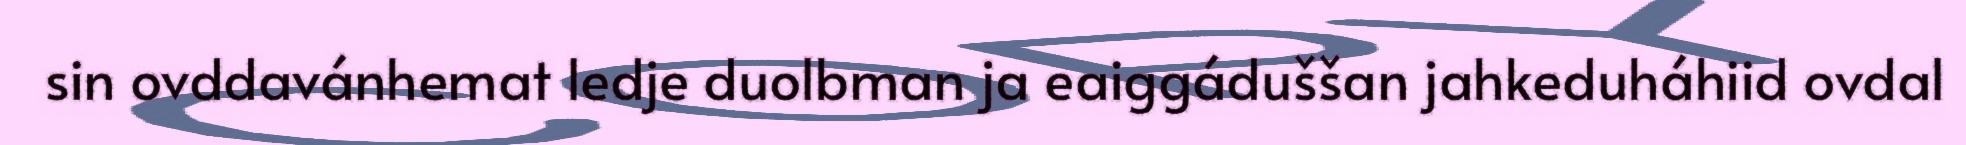
sin ovddavánhemat ledje duolbman ja eaiggáduššan jahkeduháhiid ovdal